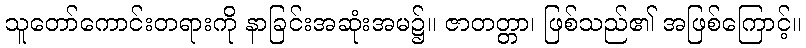
သူတော်ကောင်းတရားကို နာခြင်းအဆုံးအမ၌။ ဇာတတ္တာ၊ ဖြစ်သည်၏ အဖြစ်ကြောင့်။